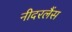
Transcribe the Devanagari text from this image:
नीदरलैंस